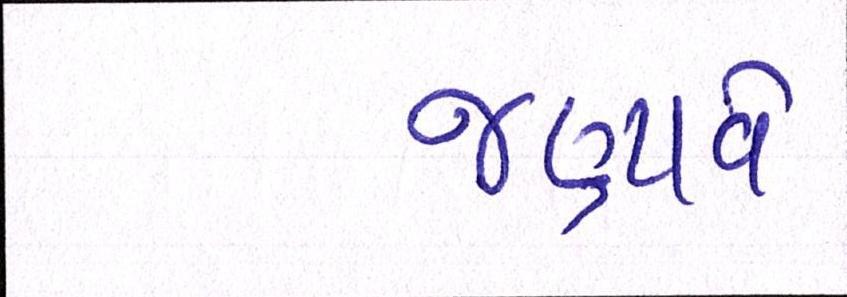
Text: જણાવે